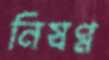
নিষণ্ণ